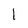
Character: I